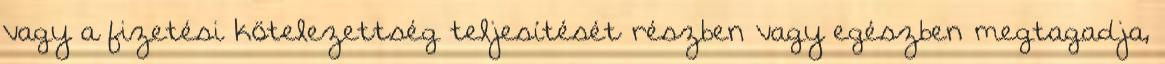
vagy a fizetési kötelezettség teljesítését részben vagy egészben megtagadja,